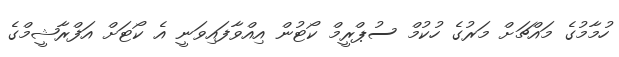
ހުމާމުގެ މައްޗަށް މަރުގެ ހުކުމް ސުޕްރީމް ކޯޓުން އިއްވާފައިވަނީ އެ ކޯޓަށް އަފްރާޝީމްގެ